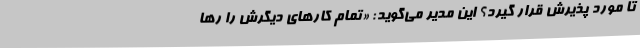
تا مورد پذیرش قرار گیرد؟ این مدیر می‌گوید: «تمام کارهای دیگرش را رها